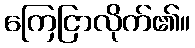
ကြေငြာလိုက်၏။